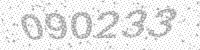
Solution: 090233